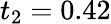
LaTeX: t_{2}=0.42